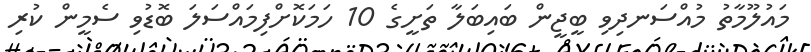
މައުލޫމާތު މުއްސަނދިވި ބީޖީން ބައިބަލާ ތަށީގެ 10 ހަމަކޮށްފިމައްސަލަ ބޮޑުވި ސެމީން ކުރި